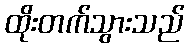
ထိုးတက်သွားသည်